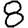
Digit: 8